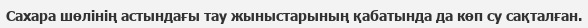
Сахара шөлінің астындағы тау жыныстарының қабатында да көп су сақталған.